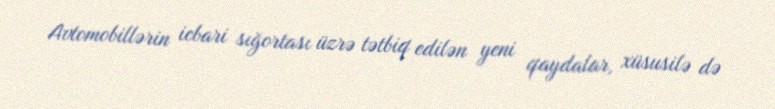
Avtomobillərin icbari sığortası üzrə tətbiq edilən yeni qaydalar, xüsusilə də